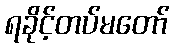
ရခိုင့်တပ်မတော်